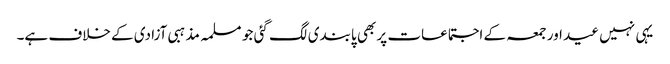
یہی نہیں عید اور جمعہ کے اجتماعات پر بھی پابندی لگ گئی جو مسلمہ مذہبی آزادی کے خلاف ہے۔